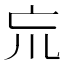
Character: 巟